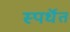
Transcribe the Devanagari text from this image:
स्पर्धॆत